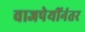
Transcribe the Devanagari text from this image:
वाजपेयींनंतर